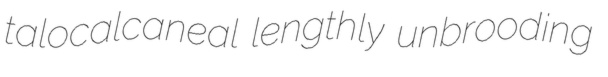
talocalcaneal lengthly unbrooding